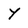
Character: y